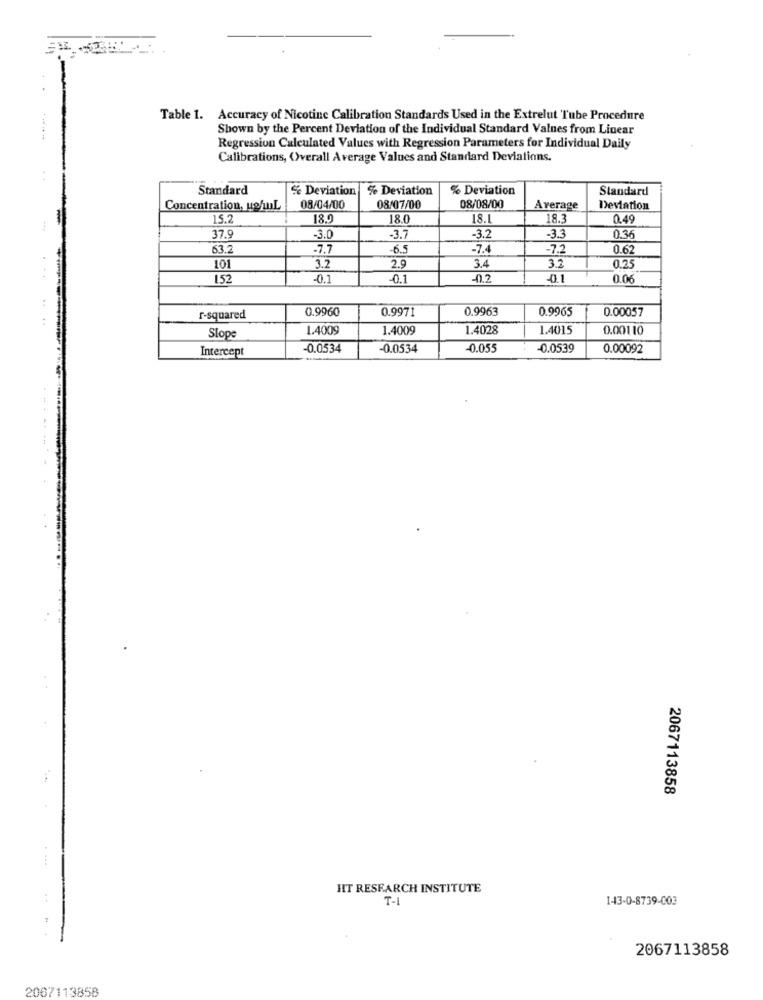
Table 1. Accuracy of Nicotine Calibration Standards Used in the Extrelut Tube Procedure
Shown by the Percent Deviation of the Individual Standard Valnes from Linear
.......
Regression Calculated Values with Regression Parameters for Individual Daily
Calibrations, Overall Average Values and Standard Deviations.
Standard
Se Deviation
% Deviation
% Deviation
Standard
Concentration, ushuL
08/04/00
08/07/00
08/08/00
Average
Deviation
15.2
18.9
18.0
18.1
18.3
0.49
37.9
-3.0
-3.7
-3.2
.3.3
036
63.2
-7.7
-6.5
-7.4
-7.2
0.6
3.2
3.4
101
2.9
3.2
152
-0.1
-0.1
-0.2
-0.1
0.06
0.9960
0.9971
0.9963
0.9965
0.00057
r-squared
1.4009
1.4009
1.4028
1.4015
0.00110
Slope
Intercept
-0.0534
-0.0534
-0.055
0.0539
0.00092
2067113858
HIT RESEARCH INSTITUTE
T-1
143-0-8739-003
2067113858
2007113858